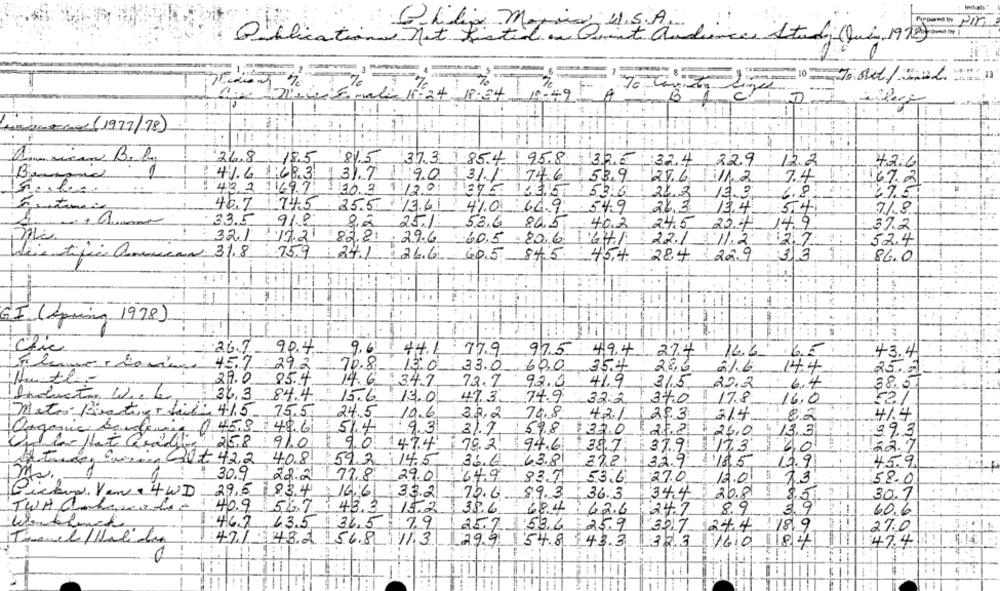
Glilia Morris, U.S.A.
Publications net Kistid an Quint audiences Study (Julia, 1970 youem)
*** 2 13
10 To0/221
70
Epala 11:34 18:34
1-42
B
vileri
1. .
HideON (1977/78)
26.8
18.5
81.5
373 1854/958 325 324 229
12.2
42:6
1
41.6 1683 1 31.7
90 131/ 746 53.9
7.4
246 / 1/12
167.2
423 11697 363 9 120 37535 576
21 2 13.3
6.8
37.5
40.7 24.5
25.5 13.61
4%0 64.9
:54.9
26,3
13.4
54
7/8
33.5
91.8
8,2
25.11
53.6 84.5
40.2
14,9
24,5 20.4
37.2
32117.21 828. 29.6
60.5 . 20.6 64/
22/ 11.2
127
52.4
Wie tific ammecan 31.8
759 241
26.6
605 845 454 284 229
3 3
1:
86.0
GI (Spring 1978)
90.4
9.6
26.7
441 779
975 494
27.4 16.6
43.4
457 292
70.8_
13.0 33.0 .60,0, 354
2,8G
21.6
14.4
25.7
Huth-
29.0
85.4
14.6 347
73.7
92.0
41.9
31,5
22.2
6.4
38.0
Induction Wiele 36.3
84.4
15.6 13.0
47.3 74.9
32.2
34.0 17.8
16.0
24.5
Matos Boating - fil: 415 75.5
10.6
32,2
79.8
421
29.3
214
82
4/.4
Organic bondenie ( 458: 49.61
514 1 9.3
31.7
598
37.0
27.8
39,3
$ 26,0
$ 13,3
Quela Hat Reading, 258
9/0
90 1474
78.2. 94.6
38.7
37.9
17.3 40
22.7
Htc, Com, Qot 42,2 408
593 :145
36.6
63.8
27.8
32.9
18,5 10.9
45.9
4 30.9
22.2
17.8
29.0
649
83.7
27.0
53.6
120 13
58.0
Pickup Ven . 4WD
29,5 83.4
: 166
33.2
72.6
89.3
36.3
34.4
26.81
8.5
30.1
68.4
3.9
TWH Onlarcade- 40.9 567
:43.3
15.2
:35.6
62.6
2
8.9
60.6
1.467 43.5
$ 36.5
7.9
53.6
25.7
25.9
3017
24.4
/8/9
27.0
Travel /Holiday
471 48.2
156.8
111.3
79.9
54.8 143.3
1323
1610
18/4
47.4